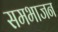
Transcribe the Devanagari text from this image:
समभाजन